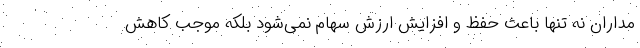
مداران نه تنها باعث حفظ و افزایش ارزش سهام نمی‌شود بلکه موجب کاهش